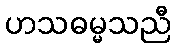
ဟသဓမ္မသညီ